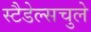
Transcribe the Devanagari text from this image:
स्टैडेल्सचुले